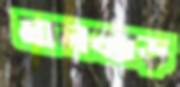
মালঝাড়